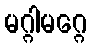
မဂ္ဂါမဂ္ဂေ